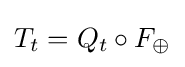
T_{t}=Q_{t}\circ F_{\oplus }